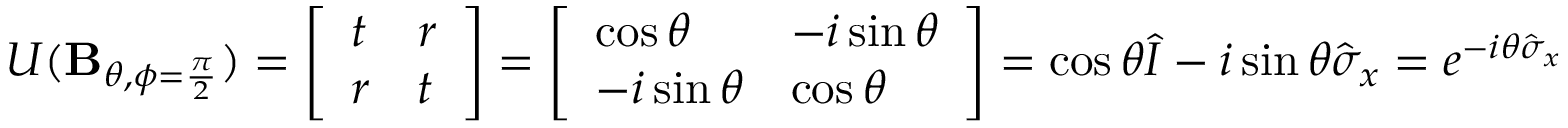
U ( \mathbf { B } _ { \theta , \phi = { \frac { \pi } { 2 } } } ) = { \left[ \begin{array} { l l } { t } & { r } \\ { r } & { t } \end{array} \right] } = { \left[ \begin{array} { l l } { \cos \theta } & { - i \sin \theta } \\ { - i \sin \theta } & { \cos \theta } \end{array} \right] } = \cos \theta { \hat { I } } - i \sin \theta { \hat { \sigma } } _ { x } = e ^ { - i \theta { \hat { \sigma } } _ { x } }